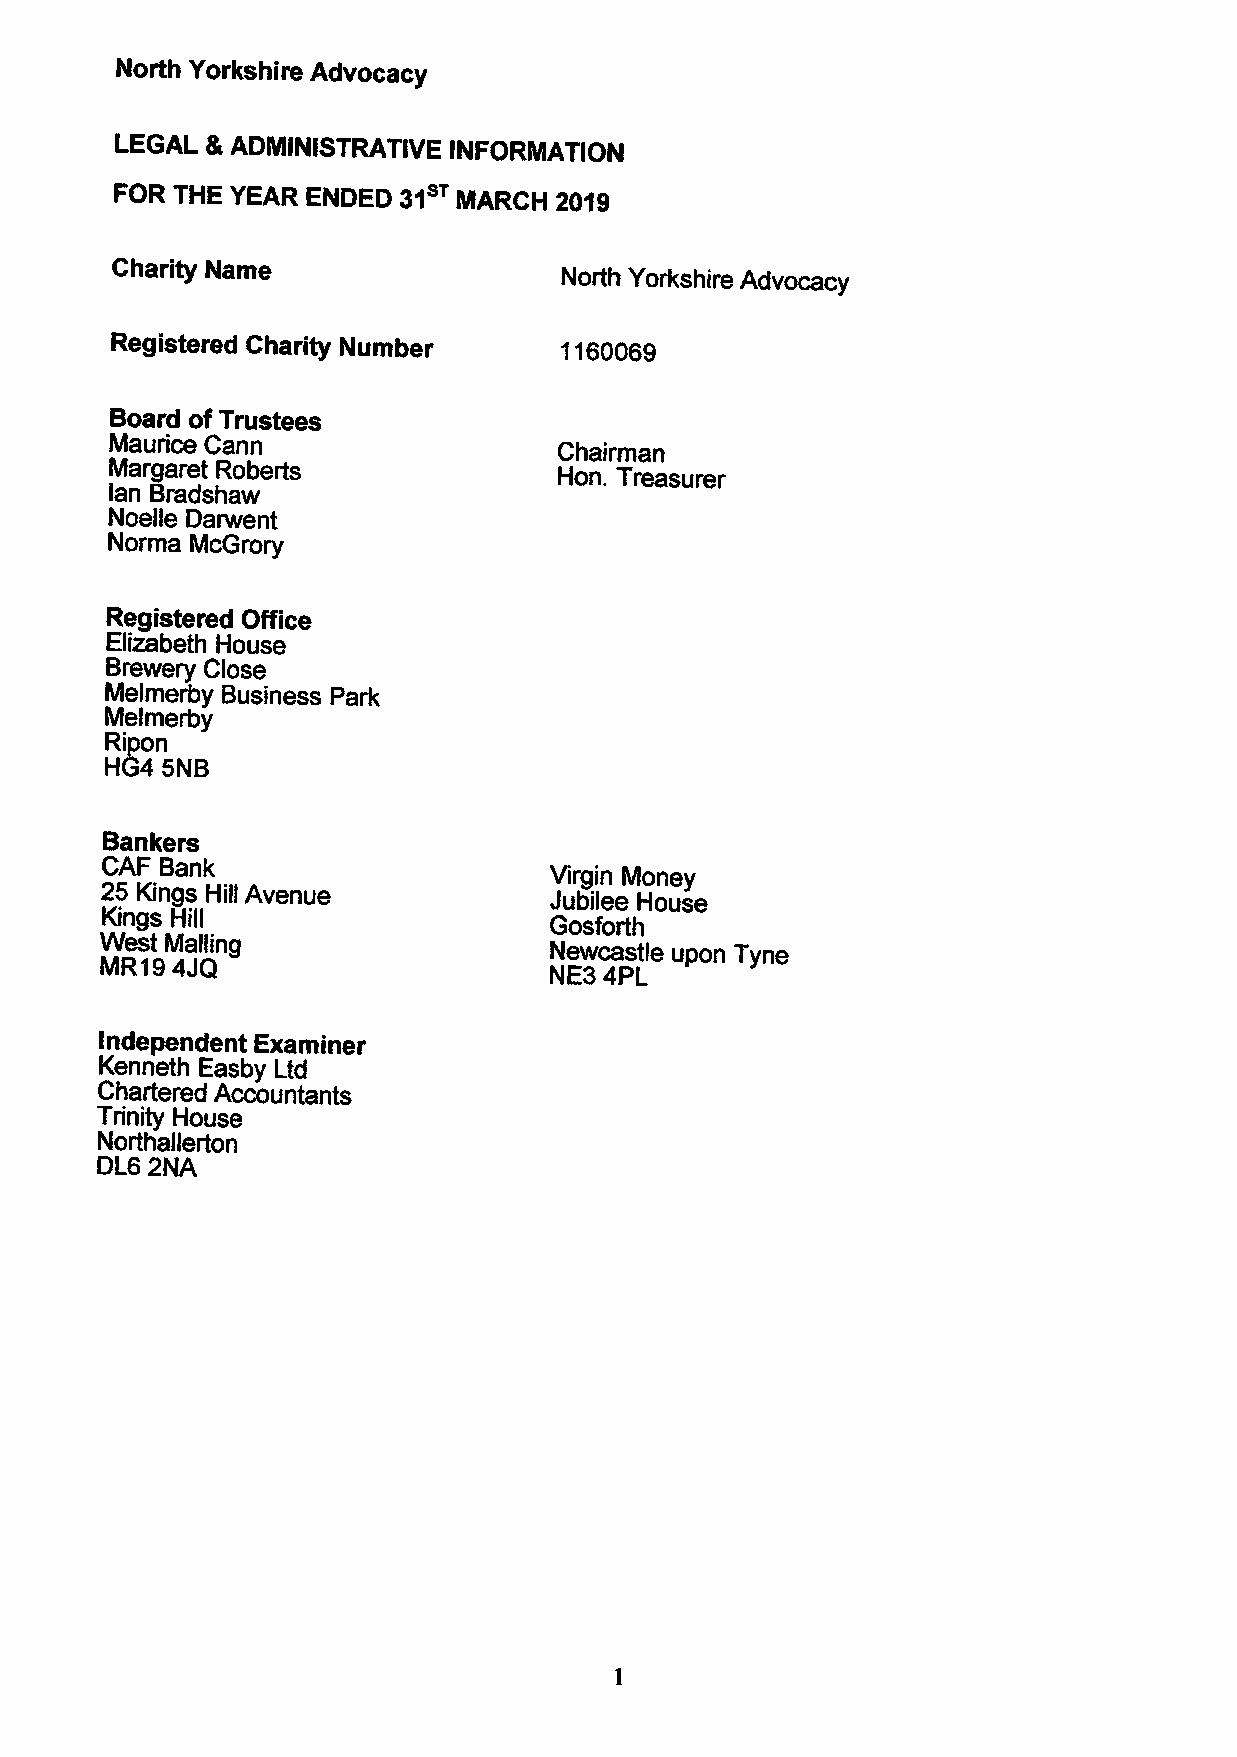
North Yorkshire Advocacy
 LEGAL L ADMINISTRATIVE INFORMATION
 FOR THE YEAR ENDED 31 NIARCH 2019
 Charity Name
 North Yorkshire Advocacy
 Registered Charity Number     1160069
 Board of Trustees
 Maurice Cann
 Chairman
 Margaret Roberts
 Hon. Treasurer
 lan Bradshaw
 Noelle Darwent
 Norma McGrory
 Registered Office
 Elizabeth House
 Brewery Close
 Melmerby Business Park
 Melmerby
 Ripon
 H84 5NB
 Bankers
 CAF Bank
 Virgin Money
 25 Kings Hill Avenue         Jubilee House
 Kings Hill                   Gosforth
 West Mailing                 Newcastle upon Tyne
 MR19 4JQ
 NE3 4PL
 Independent Examiner
 Kenneth Easby Ltd
 Chartered Accountants
 Trinity House
 Northallerton
 DL6 2NA